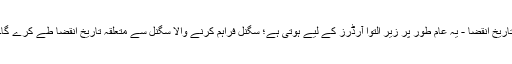
تاریخ انقضا - یہ عام طور پر زیر التوا آرڈرز کے لیے ہوتی ہے؛ سگنل فراہم کرنے والا سگنل سے متعلقہ تاریخ انقضا طے کرے گا۔